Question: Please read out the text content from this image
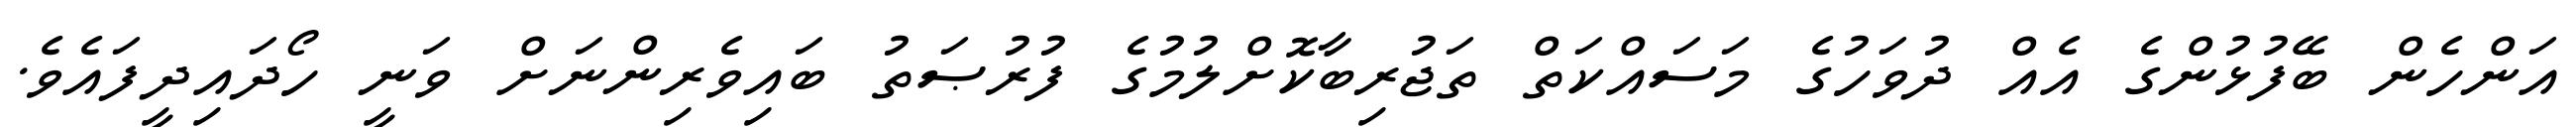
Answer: އަންހެން ބޭފުޅުންގެ އެއް ދުވަހުގެ މަސައްކަތް ތަޖުރިބާކޮށްލުމުގެ ފުރުޞަތު ބައިވެރިންނަށް ވަނީ ހޯދައިދީފައެވެ.